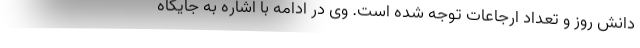
دانش روز و تعداد ارجاعات توجه شده است. وی در ادامه با اشاره به جایگاه